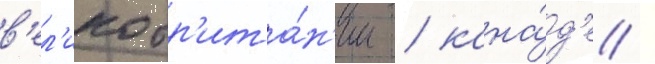
в'ел'икобр'ита́н'ии / кана́д'е /